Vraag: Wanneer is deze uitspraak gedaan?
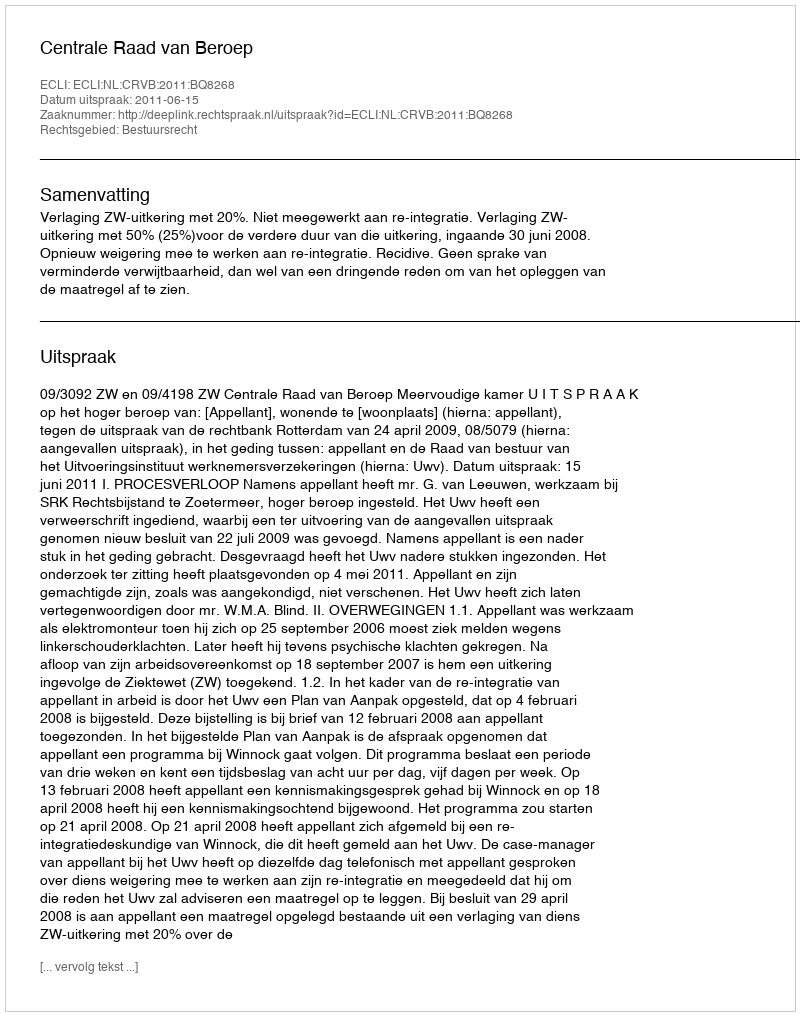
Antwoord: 2011-06-15